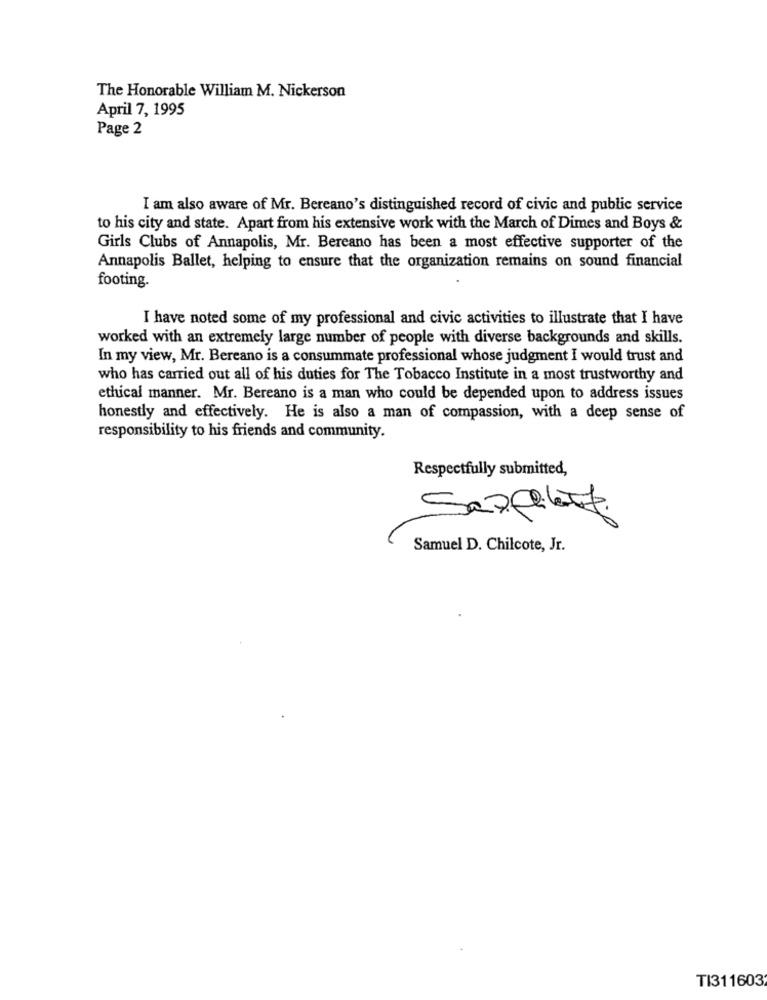
The Honorable William M. Nickerson
April 7, 1995
Page 2
I am also aware of Mr. Bereano's distinguished record of civic and public service
to his city and state. Apart from his extensive work with the March of Dimes and Boys &
Girls Clubs of Annapolis, Mr. Bereano has been a most effective supporter of the
Annapolis Ballet, helping to ensure that the organization remains on sound financial
footing.
I have noted some of my professional and civic activities to illustrate that I have
worked with an extremely large number of people with diverse backgrounds and skills.
In my view, Mr. Bereano is a consummate professional whose judgment I would trust and
who has carried out all of his duties for The Tobacco Institute in a most trustworthy and
ethical manner. Mr. Bereano is a man who could be depended upon to address issues
honestly and effectively. He is also a man of compassion, with a deep sense of
responsibility to his friends and community.
Respectfully submitted,
Samuel D. Chilcote, Jr.
TI311603